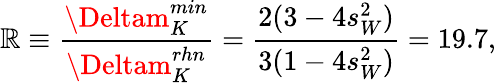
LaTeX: \mathbb{R}\equiv\frac{{\Deltam_{K}^{min}}}{{\Deltam_{K}^{rhn}}}=\frac{{2(3-4s_{W}^{2})}}{{3(1-4s_{W}^{2})}}=19.7,